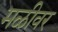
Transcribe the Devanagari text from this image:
मळीवर